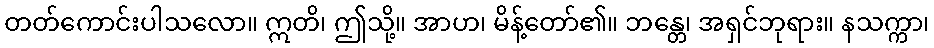
တတ်ကောင်းပါသလော။ ဣတိ၊ ဤသို့။ အာဟ၊ မိန့်တော်၏။ ဘန္တေ၊ အရှင်ဘုရား။ နသက္ကာ၊